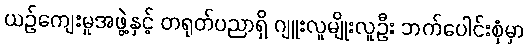
ယဉ်ကျေးမှုအဖွဲ့နှင့် တရုတ်ပညာရှိ ဂျူးလူမျိုးလူဦး ဘက်ပေါင်းစုံမှာ